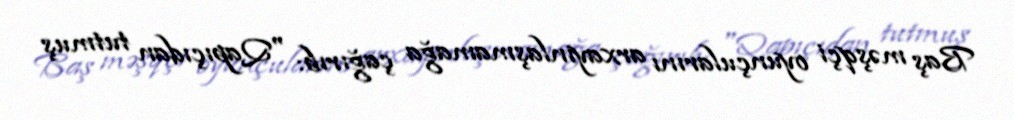
Baş məşqçi oyunçularını arxayınlaşmamağa çağırıb: "Qapıçıdan tutmuş